Indian Medical Review
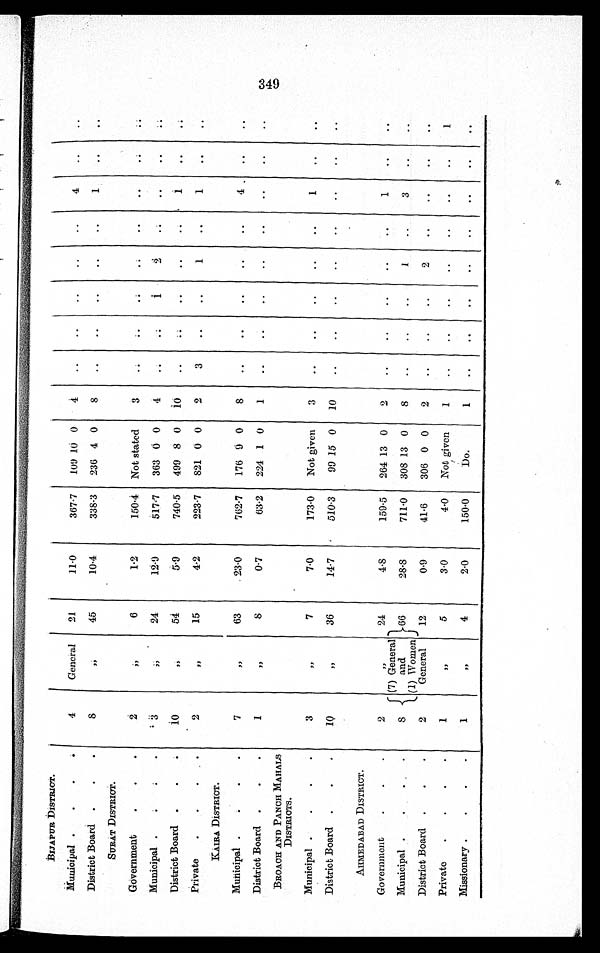
BIJAPUR DISTRICT.
Municipal
4
General
21
11·0
367·7
109 10 0
4
..
..
..
..
..
4
..
..
District Board
8
, , 45
10·4
338·3
236 4 0
8
..
..
..
..
..
1
..
..
SURAT DISTRICT.
Government
2
, ,
6
1·2
150·4 Not stated
3
. .
. .
. .
. .
..
..
. .
. .
Municipal
3
, , 24
12·9
517·7 363 0 0
4
..
. .
1
2
. .
..
..
. .
District Board
10
, , 54
5·9
740·5 499 8 0
10
..
. .
..
. .
..
1
..
. .
Private
2
, ,
15
4·2
223·7
821 0 0
2
3
. .
. .
1
. .
1
..
..
KAIRA DISTRICT.
Municipal
7
, ,
63
23·0
762·7
176 9 0
8
..
..
..
..
..
4
. .
. .
District Board
1
, ,
8
0·7
63·2 224 1 0
1
..
..
..
..
..
..
..
..
BROACH AND PANCH MAHALS
DISTRICTS.
Municipal
3
, ,
7
7·0
173·0
Not given
3
..
..
..
..
..
1
..
..
District Board
10
,,
36
14·7
510·3
99 15 0 10
..
..
..
..
..
. .
. .
. .
AHMEDABAD DISTRICT.
Government
2
, ,
24
4 · 8
159·5
264 13 0
2
..
..
..
..
..
1
..
..
Municipal
8
(7) General a n d
(1) Women
66
28·8
711·0 308 13 0
8
..
..
..
1
..
3
. .
. .
District Board
2
General
12
0·9
41·6
306 0 0
2
..
..
..
2
..
. .
. .
. .
Private
1
, ,
5
3·0
4·0
Not given
1
..
..
..
..
..
..
..
1
Missionary
1
, ,
4
2·0
150·0
Do.
1
. .
. .
. .
. .
. .
. .
. .
. .